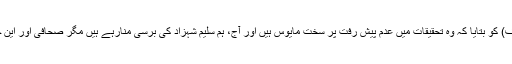
حمزہ امیر نے پاکستان پریس فاؤنڈیشن (پی پی ایف) کو بتایا کہ وہ تحقیقات میں عدم پیش رفت پر سخت مایوس ہیں اور آج، ہم سلیم شہزاد کی برسی منارہے ہیں مگر صحافی اور این جی اوز اس ظالمانہ قتل کو فراموش کرچکے ہیں۔